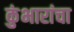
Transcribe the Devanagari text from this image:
कुंभारांचा